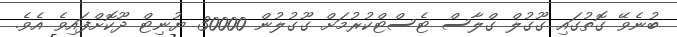
ބުނެވޭ ގޮތުގައި ގޫގުލް ގްލާސް ޓެސްޓްކުރުމަށް ގޫގުލުން 30000 ޔުނިޓް ދޫކޮށްފައިވެ އެވެ.